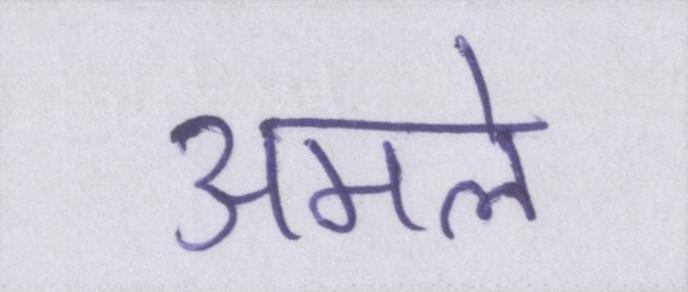
अमले